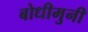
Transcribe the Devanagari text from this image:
बोधीमुनी